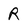
Character: R